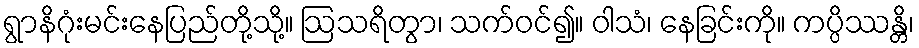
ရွာနိဂုံးမင်းနေပြည်တို့သို့။ ဩသရိတွာ၊ သက်ဝင်၍။ ဝါသံ၊ နေခြင်းကို။ ကပ္ပိဿန္တိ၊